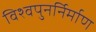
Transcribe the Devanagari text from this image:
विश्वपुनर्निर्माण